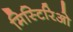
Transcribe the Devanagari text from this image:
मिस्टिरिओ